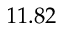
1 1 . 8 2